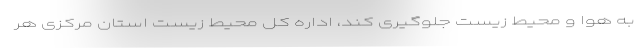
به هوا و محیط زیست جلوگیری کند، اداره کل محیط زیست استان مرکزی هر